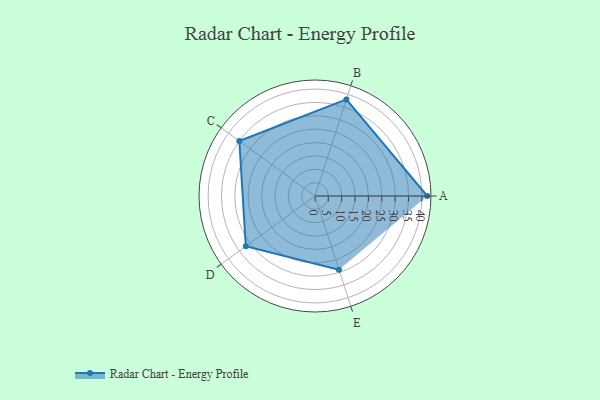
{"axis": {"x": "Skill", "y": "Score"}, "legend": ["Profile"], "data": [{"x": "A", "y": 42.0, "type": "Profile"}, {"x": "B", "y": 38.0, "type": "Profile"}, {"x": "C", "y": 35.0, "type": "Profile"}, {"x": "D", "y": 32.0, "type": "Profile"}, {"x": "E", "y": 29.0, "type": "Profile"}]}